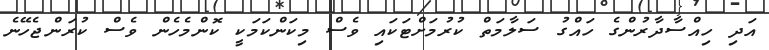
އަދި ހިއްސާދާރުންގެ ހައްގު ސަލާމަތް ކުރުމަށްޓަކައި ވެސް މިކަންކަމަކީ ކޮންމެހެން ވެސް ކުރަންޖެހޭނެ